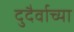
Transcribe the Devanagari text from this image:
दुदैर्वाच्या